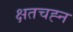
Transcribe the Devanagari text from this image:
क्षतचह्न